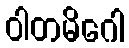
ဝါတမိဂေါ